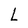
Character: L